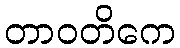
တာဝတိကေ